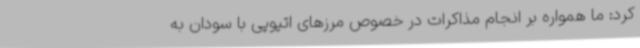
کرد: ما همواره بر انجام مذاکرات در خصوص مرزهای اتیوپی با سودان به